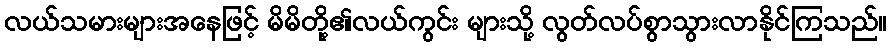
လယ်သမားများအနေဖြင့် မိမိတို့၏လယ်ကွင်း များသို့ လွတ်လပ်စွာသွားလာနိုင်ကြသည်။